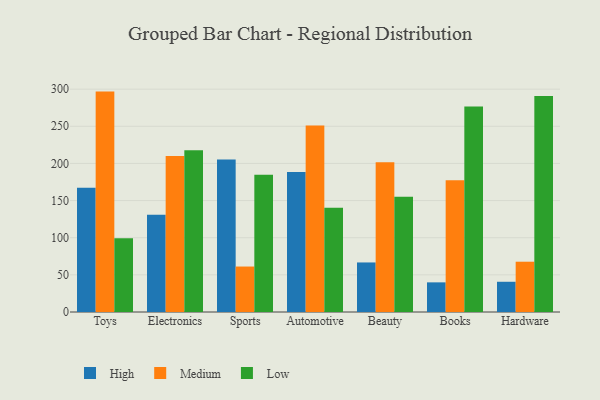
{"axis": {"x": "Category", "y": "Budget (USD K)"}, "legend": ["High", "Low", "Medium"], "data": [{"x": "Toys", "y": 167.2, "type": "High"}, {"x": "Toys", "y": 296.7, "type": "Medium"}, {"x": "Toys", "y": 99.3, "type": "Low"}, {"x": "Electronics", "y": 130.8, "type": "High"}, {"x": "Electronics", "y": 210.1, "type": "Medium"}, {"x": "Electronics", "y": 217.9, "type": "Low"}, {"x": "Sports", "y": 205.3, "type": "High"}, {"x": "Sports", "y": 61.2, "type": "Medium"}, {"x": "Sports", "y": 184.6, "type": "Low"}, {"x": "Automotive", "y": 188.5, "type": "High"}, {"x": "Automotive", "y": 251.0, "type": "Medium"}, {"x": "Automotive", "y": 140.5, "type": "Low"}, {"x": "Beauty", "y": 66.7, "type": "High"}, {"x": "Beauty", "y": 201.6, "type": "Medium"}, {"x": "Beauty", "y": 155.3, "type": "Low"}, {"x": "Books", "y": 39.9, "type": "High"}, {"x": "Books", "y": 177.5, "type": "Medium"}, {"x": "Books", "y": 276.6, "type": "Low"}, {"x": "Hardware", "y": 40.7, "type": "High"}, {"x": "Hardware", "y": 67.7, "type": "Medium"}, {"x": "Hardware", "y": 290.7, "type": "Low"}]}